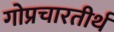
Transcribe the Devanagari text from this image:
गोप्रचारतीर्थ